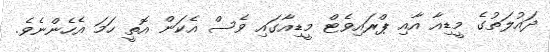
ދައުލަތުގެ މީޑިއާ އާއި ޕްރައިވެޓް މީޑިއާގައި ވެސް އެކަން އޮތީ ހަމަ އެހެންނެވެ.